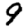
Digit: 9